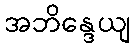
အဘိန္ဒေယျ